Lunatic asylums Madras 1877-1891 - 1877-1891
Year: 1877
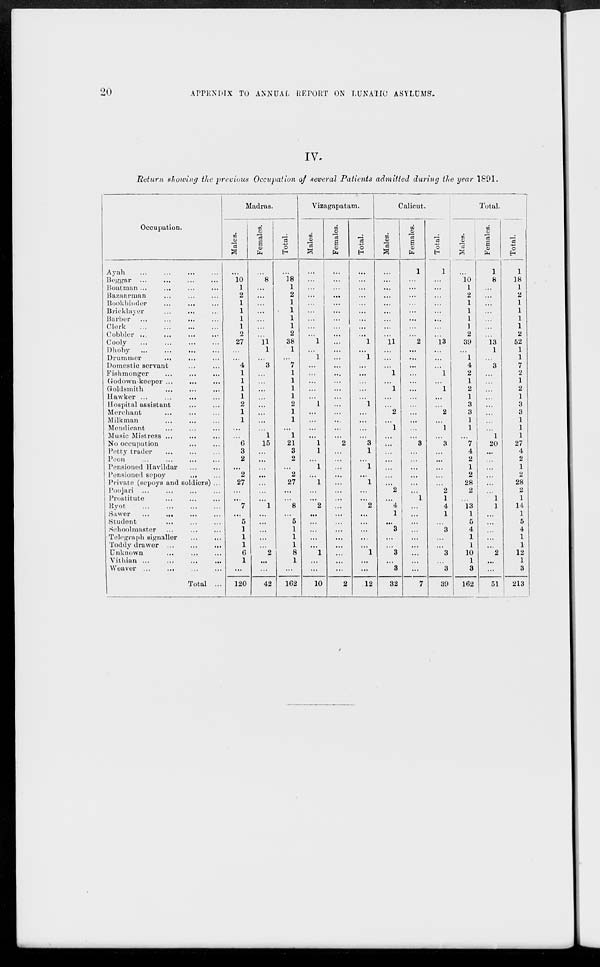
20 APPENDIX TO ANNUAL REPORT ON LUNATIC ASYLUMS.
IV.
Return showing the previous Occupation of several Patients admitted during the year 1891.
Occupation.
Ayah ... ... ... ...
Beggar
...
...
...
...
Boatman ... ... ... ...
Bazaarman ... ... ...
Bookbinder
... ... ...
Bricklayer
...
... ...
Barber ... ... ... ...
Clerk
...
...
...
...
Cobbler ... ... ... ...
Cooly ... ... ... ...
Dhoby ...
...
...
...
Drummer
...
... ... ...
Domestic servant ... ...
Fishmonger
...
...
...
Godown-keeper ...
...
...
Goldsmith ... ... ...
Hawker ... ... ... ...
Hospital assistant ... ...
Merchant ... ... ...
Milkman ... ... ...
Mendicant ... ... ...
Music Mistress ...
... ...
No occupation ... ...
Petty trader ... ... ...
Peon ... ... ... ...
Pensioned Havildar ... ...
Pensioned sepoy ... ...
Private (sepoys and soldiers) ...
Poojari ... ... ... ...
Prostitute ... ... ...
Ryot ... ... ... ...
Sawer
...
...
...
...
Student ... ... ...
Schoolmaster ... ... ...
Telegraph signaller
...
...
Toddy drawer ...
...
...
Unknown
... ... ...
Vithian ...
...
...
...
Weaver
...
...
...
...
Total ...
Madras.
Males.
...
10
1
2
1
1
1
1
2
27
...
...
4
1
1
1
1
2
1
1
...
...
6
3
2
...
2
27
...
...
7
...
5
1
1
1
6
1
...
120
Females.
...
8
...
...
...
...
...
...
...
11
1
...
3
...
...
...
...
...
...
...
...
1
15
...
...
...
...
...
...
...
1
...
...
...
...
...
2
...
...
42
Total.
...
18
1
2
1
1
1
1
2
38
1
...
7
1
1
1
1
2
1
1
...
1
21
3
2
...
2
27
...
...
8
...
5
1
1
1
8
1
...
162
Vizagapatam.
Males.
...
...
...
...
...
...
...
...
...
1
...
1
...
...
...
...
...
1
...
...
...
...
1
1
...
1
...
1
...
...
2
...
...
...
...
...
1
...
...
10
Females.
...
...
...
...
...
...
...
...
...
...
...
...
...
...
...
...
...
...
...
...
...
...
2
...
...
...
...
...
...
...
....
...
...
...
...
...
...
...
...
2
Total.
...
...
...
...
...
...
...
...
...
1
...
1
...
...
...
...
...
1
...
...
...
...
3
1
...
1
...
1
...
...
2
...
...
...
...
...
1
...
...
12
Calicut.
Males.
...
...
...
...
...
...
...
...
...
11
...
...
...
1
...
1
...
...
2
...
1
...
...
...
...
...
...
...
2
...
4
1
...
3
...
...
3
...
3
32
Females.
1
...
...
...
...
...
...
...
...
2
...
...
...
...
...
...
...
...
...
...
...
...
3
...
...
...
...
...
...
1
...
...
...
...
...
...
...
...
...
7
Total.
1
...
...
...
...
...
...
...
...
13
...
...
...
1
...
1
...
...
2
...
1
...
3
...
...
...
...
...
2
1
4
1
...
3
...
...
3
...
3
39
Total.
Males.
...
10
1
2
1
1
1
1
2
39
...
1
4
2
1
2
1
3
3
1
1
...
7
4
2
1
2
28
2
...
13
1
5
4
1
1
10
1
3
162
Females.
1
8
...
...
...
...
...
...
...
13
1
...
3
...
...
...
...
...
...
...
...
1
20
...
...
...
...
...
...
1
1
...
...
...
...
...
2
...
...
51
Total.
1
18
1
2
1
1
1
1
2
52
1
1
7
2
1
2
1
3
3
1
1
1
27
4
2
1
2
28
2
1
14
1
5
4
1
1
12
1
3
213